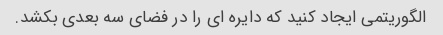
الگوریتمی ایجاد کنید که دایره ای را در فضای سه بعدی بکشد.